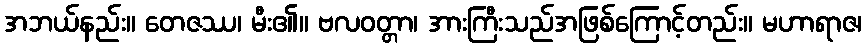
အဘယ်နည်း။ တေဇဿ၊ မီး၏။ ဗလဝတ္တာ၊ အားကြီးသည်အဖြစ်ကြောင့်တည်း။ မဟာရာဇ၊